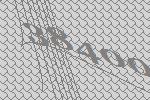
38400